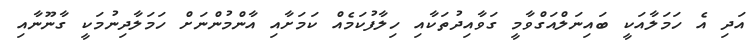
އަދި އެ ހަމަލާއަކީ ބައިނަލްއަގްވާމީ ގަވާއިދުތަކާއި ހިލާފުކަމެއް ކަމަށާއި އާންމުންނަށް ހަމަލާދިނުމަކީ ގާނޫނާއި